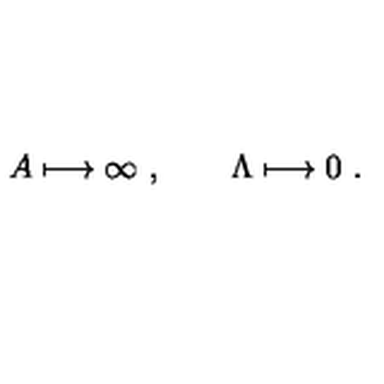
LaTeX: A \longmapsto \infty \ , \qquad \Lambda \longmapsto 0 \ .